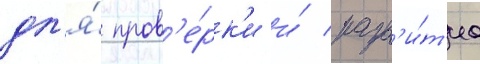
дл'я́ пров'е́рк'и и́ разв'и́т'иа